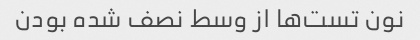
نون تست‌ها از وسط نصف شده بودن